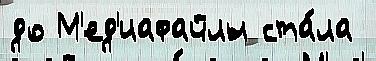
до М'ед'иафайлы ста́ла